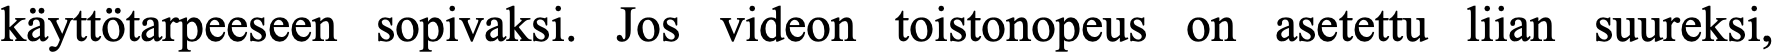
käyttötarpeeseen sopivaksi. Jos videon toistonopeus on asetettu liian suureksi,